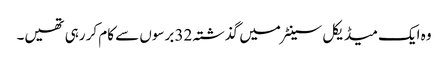
وہ ایک میڈیکل سینٹر میں گذشتہ 32 برسوں سے کام کر رہی تھیں۔